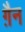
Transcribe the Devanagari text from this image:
ग़ैन